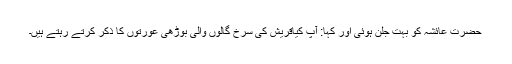
حضرت عائشہ کو بہت جلن ہوئی اور کہا: آپ کیاقریش کی سرخ گالوں والی بوڑھی عورتوں کا ذکر کرتے رہتے ہیں۔